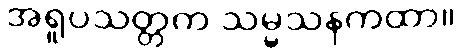
အရူပသတ္တက သမ္မသနကထာ။